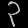
Digit: ၃